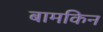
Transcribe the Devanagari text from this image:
बामकिन